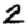
Digit: 2